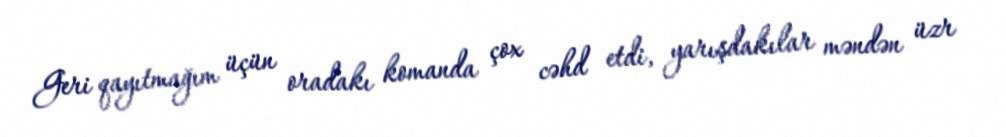
Geri qayıtmağım üçün oradakı komanda çox cəhd etdi, yarışdakılar məndən üzr